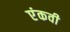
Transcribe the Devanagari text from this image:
एंकवी